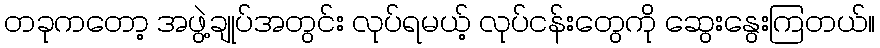
တခုကတော့ အဖွဲ့ချုပ်အတွင်း လုပ်ရမယ့် လုပ်ငန်းတွေကို ဆွေးနွေးကြတယ်။